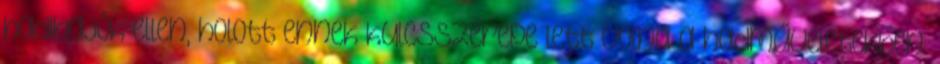
hadihajók ellen, holott ennek kulcsszerepe lett volna a hadműveletekben.